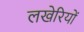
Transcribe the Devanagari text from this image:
लखेरियों